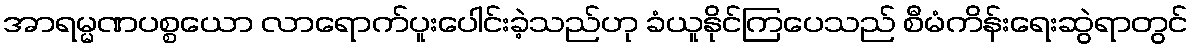
အာရမ္မဏပစ္စယော လာရောက်ပူးပေါင်းခဲ့သည်ဟု ခံယူနိုင်ကြပေသည် စီမံကိန်းရေးဆွဲရာတွင်